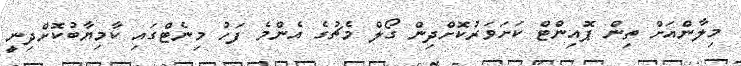
މިލާންއަށް ތިން ޕޮއިންޓް ކަށަވަރުކޮށްދިން ގޯލް މެޗުގެ އެންމެ ފަހު މިނެޓްގައި ކާމިޔާބުކޮށްދިނީ